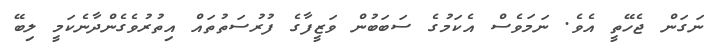
ނަގަން ޖެހޭތީ އެވެ. ނަމަވެސް އެކަމުގެ ސަބަބުން ވަޒީފާގެ ފުރުސަތުތައް އިތުރުވެގެންދާނެކަމީ ލިބޭ